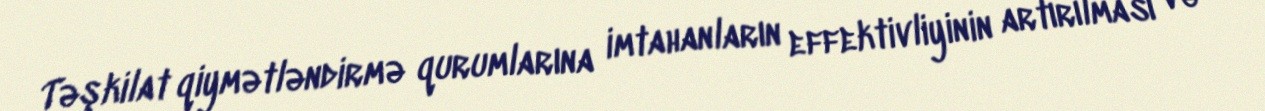
Təşkilat qiymətləndirmə qurumlarına imtahanların effektivliyinin artırılması və